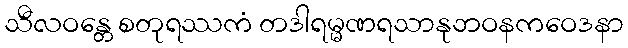
သီလဝန္တေ စတုရဿကံ တဒါရမ္မဏရသာနုဘဝနကဝေဒနာ